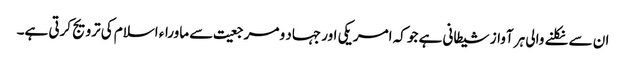
ان سے نکلنے والی ہر آواز شیطانی ہے جو کہ امریکی اور جہاد و مرجعیت سے ماوراء اسلام کی ترویج کرتی ہے۔